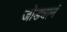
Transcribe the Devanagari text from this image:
जोड्यानं